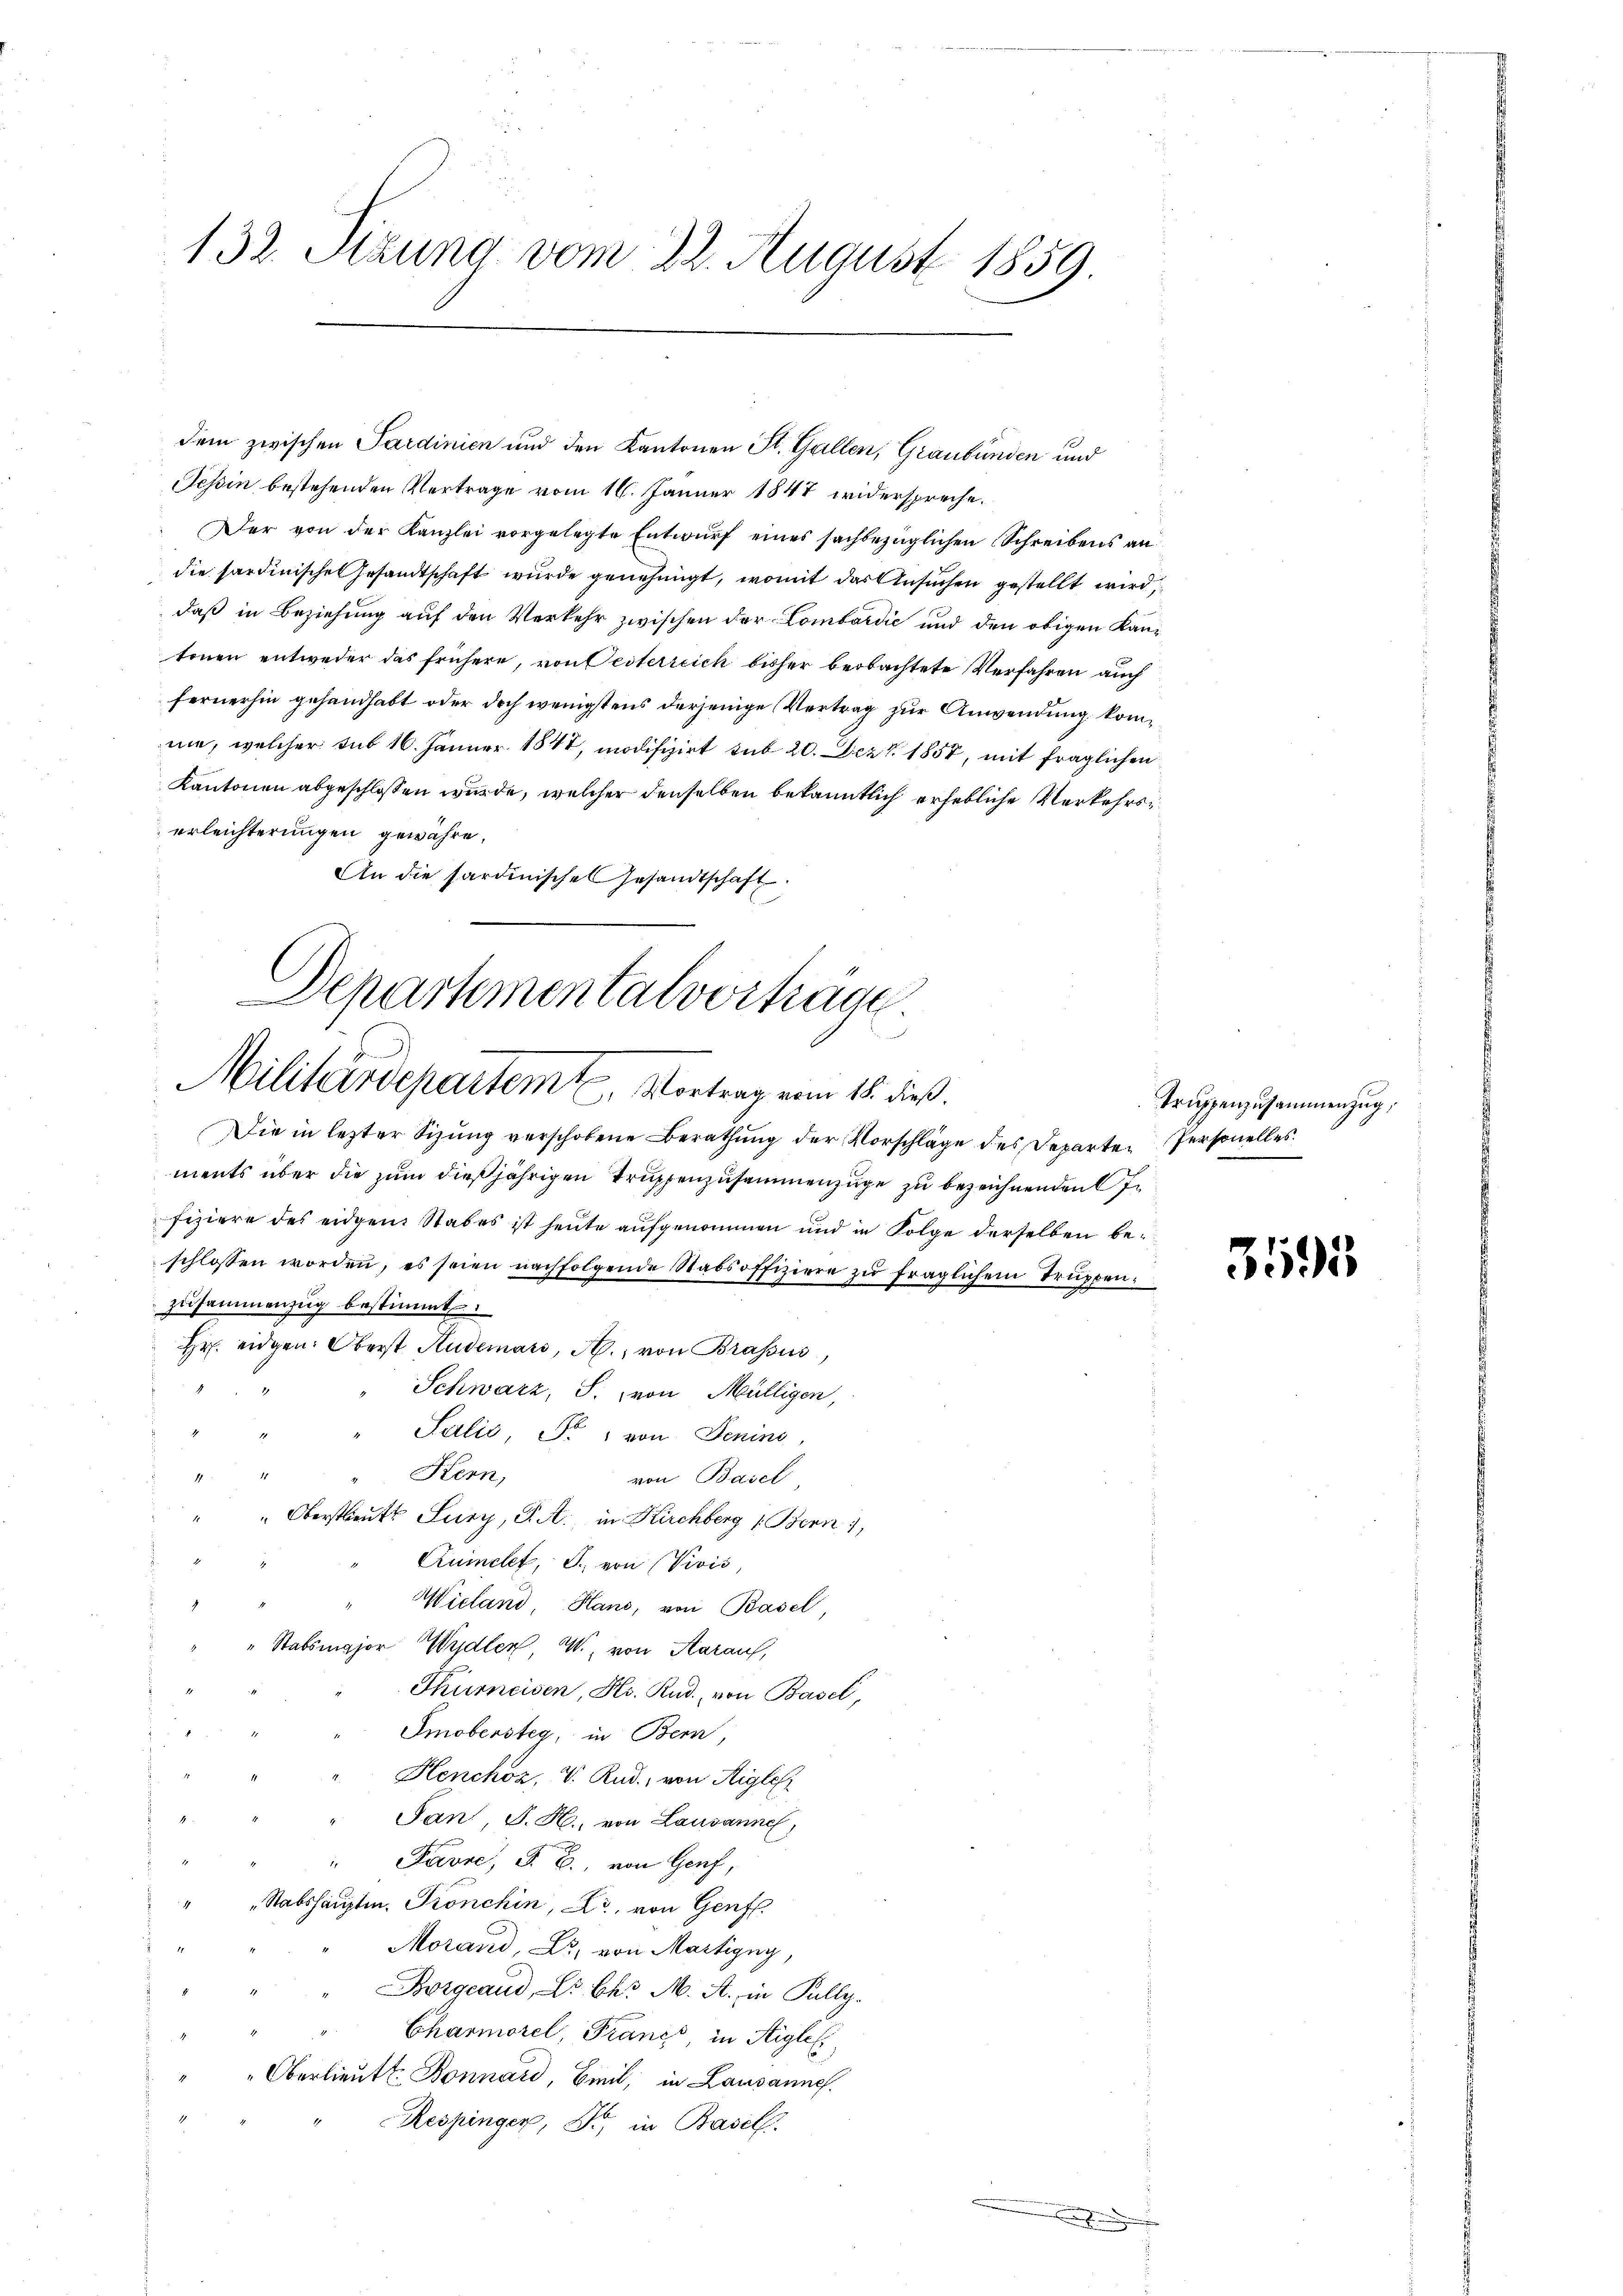
132. Sizung vom 22. August 1859

dem zwischen Sardinien und den Kantonen St. Gallen, Graubünden und
Tessin bestehenden Vertrage vom 16. Jänner 1847 widerspreche.
Der von der Kanzlei vorgelegte Entwŭrf eines sachbezüglichen Schreibens an
die sardinische Gesandtschaft wurde genehmigt, womit das Ansuchen gestellt wird,
daß in Beziehung auf den Verkehr zwischen der Lombardić und den obigen Kantonen entweder das frühere, von Oesterreich bisher beobachtete Verfahren auch
fernerhin gehandhabt oder doch wenigstens derjenige Vertrag zur Anwendung komnie, welcher sub 16. Jänner 1844, modifizirt sub 20. Dez. 1854, mit fraglichen
Kantonen abgeschlossen wurde, welcher denselben bekanntlich erhebliche Verkehrserleichterungen gewähre,
An die Sardinische Gesandtschaft.
Die in lezter Sizung verschobene Berathung der Vorschläge des Departe Personelles.
ments über die zum dießjährigen Truppenzusammenzuge zu bezeichnenden e
fiziere des eidgen. Stabes ist heute aufgenommen und in Folge derselben beschlossen worden, es seien nachfolgende Stabsoffiziere zu fraglichem Truppenzusammenzug bestimmt:
Hr. eidgen. Oberst Hudemari, A., von Brassus,
Schwarz, S. von Mülligen,
Salis, Fr. 1 von Jenins
Kern,
von Basel
" Oberstlieute Sury, J. A., in Kirchberg (Bern),
Cruinelet, S. von Vivis
Wieland, Hans, von Basel
i
Stabsmajor Wydler, W., von Aarauf,
Thurneisen, Hs. Rud. von Basel,
Smobersteg, in Bern,
Henchoz, V. Rud. von Rigle
Pan J. H., von Lausanne,
Favre, S. B. von Genf,
Stabshauptm. Pronchin, L., von Genf.
Morand, Dr. von Martigny,
Borgeaud, Dr. Chr. M. A., in Pully.
Charmorel, Franz, in Aigle
Oberlieut. Bonnard, Beil, in Lausannes.
Respinger, Dr. in Basel.

Departementalverträge
Militärdepartemt. Vortrag vom 18. dieß.

.

Truppenzusammenzug,

3595